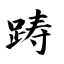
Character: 踌